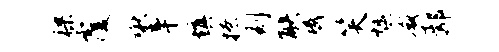
裸覆啾辛填撩刻觖斌笑燠减鄢